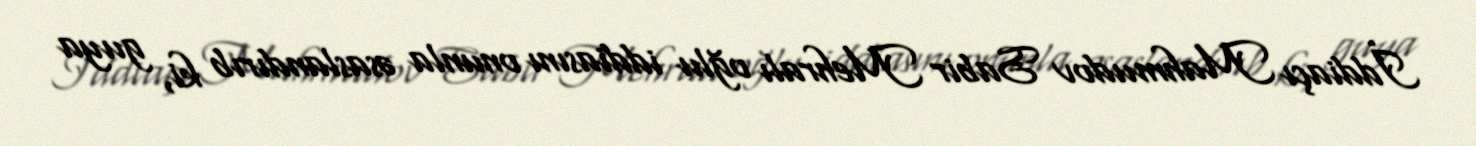
İddiaçı Mahmudov Sabir Mehralı oğlu iddiasını onunla əsaslandırıb ki, guya